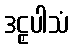
ဒဠှပါသံ